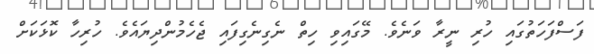
ފަސްފަހަތުގައި ހުރި ނީރާ ވަނެވެ. މޭގައިވި ހިތް ނެގިނެގިފައި ޖެހެމުންދިޔައެވެ. ހުރިހާ ކޮޅަކަށް